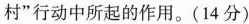
村”行动中所起的作用。(14分)